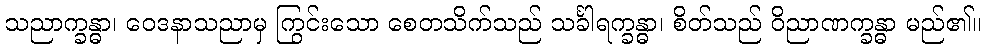
သညာက္ခန္ဓာ၊ ဝေဒနာသညာမှ ကြွင်းသော စေတသိက်သည် သင်္ခါရက္ခန္ဓာ၊ စိတ်သည် ဝိညာဏက္ခန္ဓာ မည်၏။